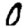
Digit: 0